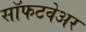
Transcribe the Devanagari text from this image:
सॉफटवेअर